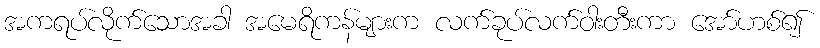
အကရပ်လိုက်သောအခါ အမေရိကန်များက လက်ခုပ်လက်ဝါးတီးကာ အော်ဟစ်၍